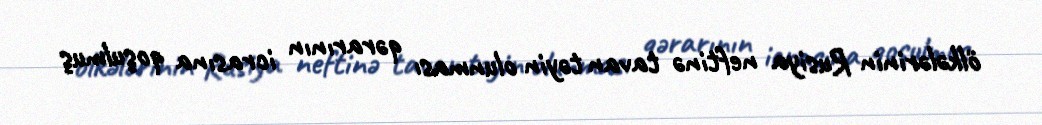
ölkələrinin Rusiya neftinə tavan təyin olunması qərarının icrasına qoşulmuş